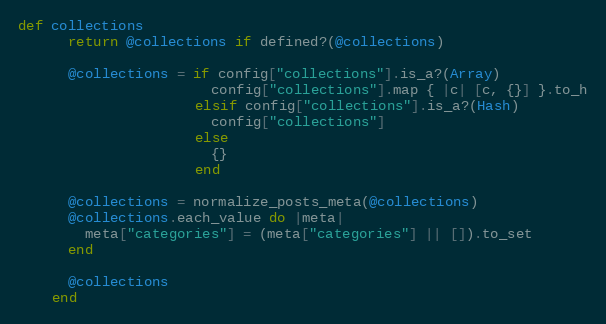
Language: Ruby
def collections
      return @collections if defined?(@collections)

      @collections = if config["collections"].is_a?(Array)
                       config["collections"].map { |c| [c, {}] }.to_h
                     elsif config["collections"].is_a?(Hash)
                       config["collections"]
                     else
                       {}
                     end

      @collections = normalize_posts_meta(@collections)
      @collections.each_value do |meta|
        meta["categories"] = (meta["categories"] || []).to_set
      end

      @collections
    end